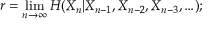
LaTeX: r = \operatorname* { l i m } _ { n \to \infty } H ( X _ { n } | X _ { n - 1 } , X _ { n - 2 } , X _ { n - 3 } , \ldots ) ;